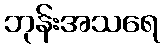
ဘုန်းအသရေ